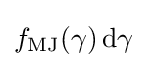
f_{\text{MJ}}(\gamma )\,\mathrm {d} \gamma